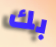
بك